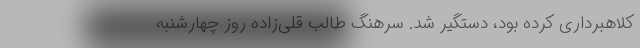
کلاهبرداری کرده‌ بود، دستگیر شد. سرهنگ طالب قلی‌زاده روز چهارشنبه